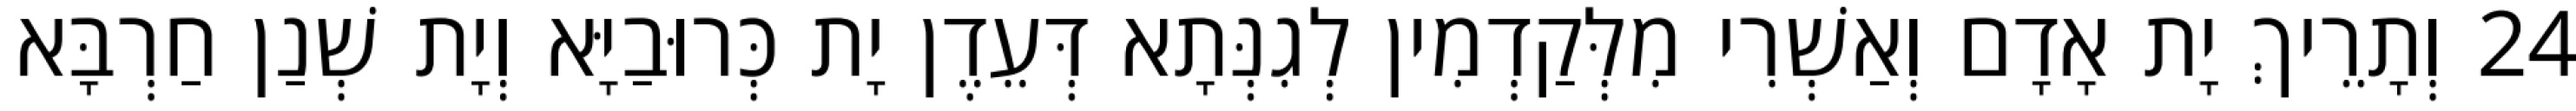
24 וְתָרֵיךְ יָת אָדָם וְאַשְׁרִי מִלְּקַדְמִין לְגִנְּתָא דְּעֵדֶן יָת כְּרוּבַיָּא וְיָת שְׁנַן חַרְבָּא